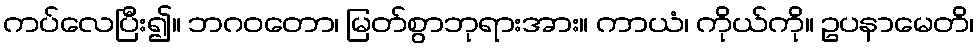
ကပ်လေပြီး၍။ ဘဂဝတော၊ မြတ်စွာဘုရားအား။ ကာယံ၊ ကိုယ်ကို။ ဥပနာမေတိ၊